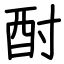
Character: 酎